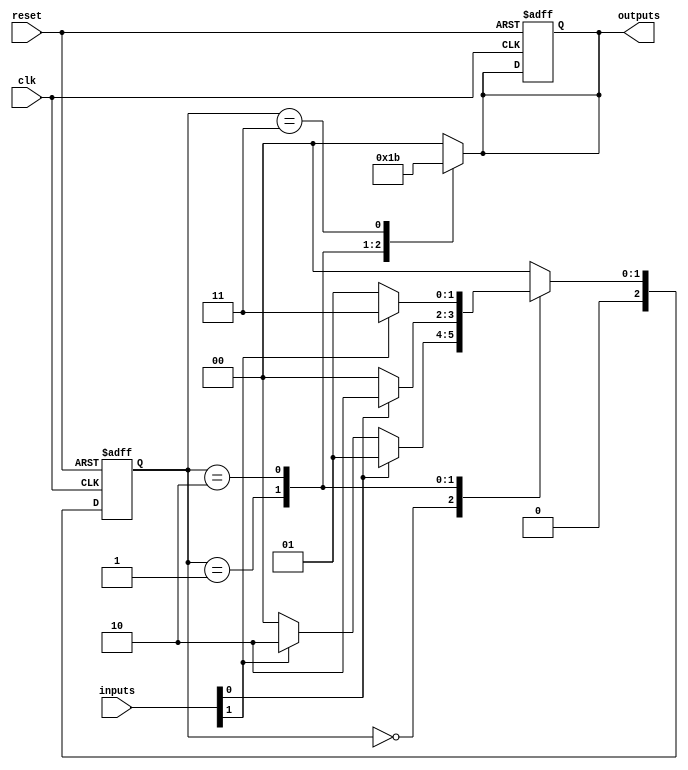
module parameterized_state_machine #(
    parameter NUM_STATES = 4,     // Total number of states
    parameter NUM_INPUTS = 2,     // Number of input signals
    parameter NUM_OUTPUTS = 2      // Number of output signals
)(
    input wire clk,                // Clock signal
    input wire reset,              // Asynchronous reset signal
    input wire [NUM_INPUTS-1:0] inputs,  // Input signal vector
    output reg [NUM_OUTPUTS-1:0] outputs  // Output signal vector
);

    // State encoding
    localparam STATE_0 = 3'b000;
    localparam STATE_1 = 3'b001;
    localparam STATE_2 = 3'b010;
    localparam STATE_3 = 3'b011;
    // Add more states as needed; ensure proper localparam encoding

    // Current state and next state registers
    reg [2:0] current_state, next_state;

    // State transition logic
    always @* begin
        case (current_state)
            STATE_0: begin
                if (inputs[0]) begin
                    next_state = STATE_1;
                end else if (inputs[1]) begin
                    next_state = STATE_2;
                end else begin
                    next_state = STATE_0;
                end
                outputs = 2'b00; // Outputs for STATE_0
            end

            STATE_1: begin
                if (inputs[0]) begin
                    next_state = STATE_2;
                end else begin
                    next_state = STATE_0;
                end
                outputs = 2'b01; // Outputs for STATE_1
            end

            STATE_2: begin
                if (inputs[1]) begin
                    next_state = STATE_3;
                end else begin
                    next_state = STATE_1;
                end
                outputs = 2'b10; // Outputs for STATE_2
            end

            STATE_3: begin
                next_state = STATE_0; // Arbitrary transition for STATE_3
                outputs = 2'b11; // Outputs for STATE_3
            end

            default: begin
                next_state = STATE_0;
                outputs = 2'b00; // Default outputs
            end
        endcase
    end

    // Sequential logic for state update
    always @(posedge clk or posedge reset) begin
        if (reset) begin
            current_state <= STATE_0; // Initialize to starting state
            outputs <= 2'b00; // Reset outputs
        end else begin
            current_state <= next_state; // Update state
        end
    end

endmodule